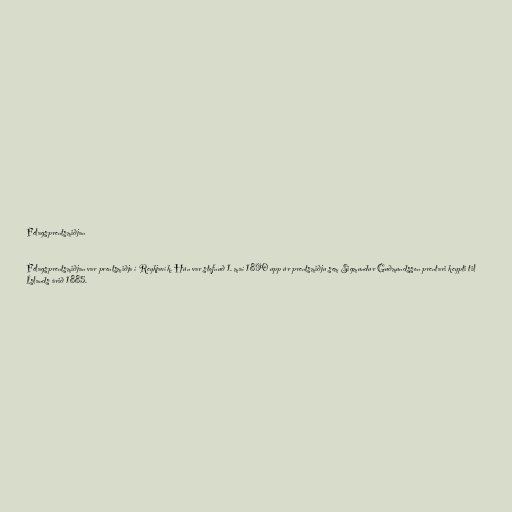
Félagsprentsmiðjan

Félagsprentsmiðjan var prentsmiðja í Reykjavík. Hún var stofnuð 1. maí 1890 upp úr prentsmiðju sem Sigmundur Guðmundsson prentari keypti til
Íslands árið 1885.